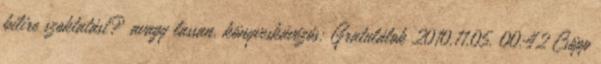
bilire szoktatást? avagy lassan. könyveskávézós: Gratulálok 2010.11.05. 00:42 Csöpp